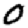
Digit: 0